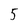
Character: 5